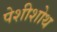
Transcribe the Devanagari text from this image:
पेशीशोथ